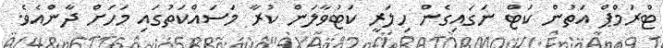
ޓްރަމްޕް އަތުން ކަޓް ނަގައިގެން ހިލަރީ ކަޓުވާލަން ކުރާ މަސައްކަތުގައި މަހަށް ދާންއެވެ.